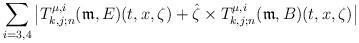
LaTeX: \begin{align*} \sum_{i=3,4}\big| T_{k,j;n}^{\mu,i}( \mathfrak{m}, E)(t,x, \zeta) + \hat{\zeta}\times T_{k,j;n}^{\mu,i}( \mathfrak{m}, B)(t,x, \zeta)\big| \end{align*}